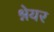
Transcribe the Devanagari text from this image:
श्नेयर